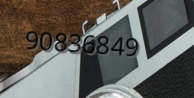
90836849